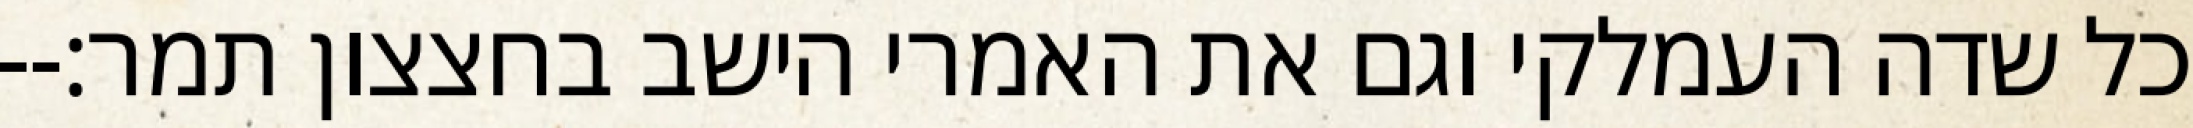
כל שדה העמלקי וגם את האמרי הישב בחצצון תמר׃--